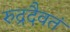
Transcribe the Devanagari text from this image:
रुद्रदैवतं